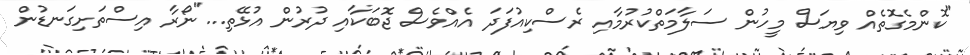
"ކޮންމެގޮތެއް ވިޔަސް މީހުން ސަލާމަތްކުރުމާއި ރެސްކިއުފަދަ އެއްވެސް ޖޮބަކާއި ދުރުން އުޅޭތި..."ނޯރާ އިސްތަށިގަނޑުން